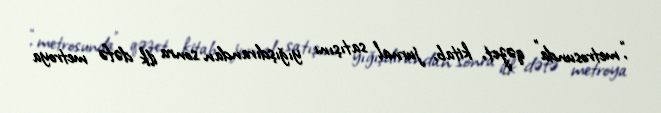
,“metrosunda” qəzet, kitab, jurnal satışını yığışdırandan sonra ilk dəfə metroya